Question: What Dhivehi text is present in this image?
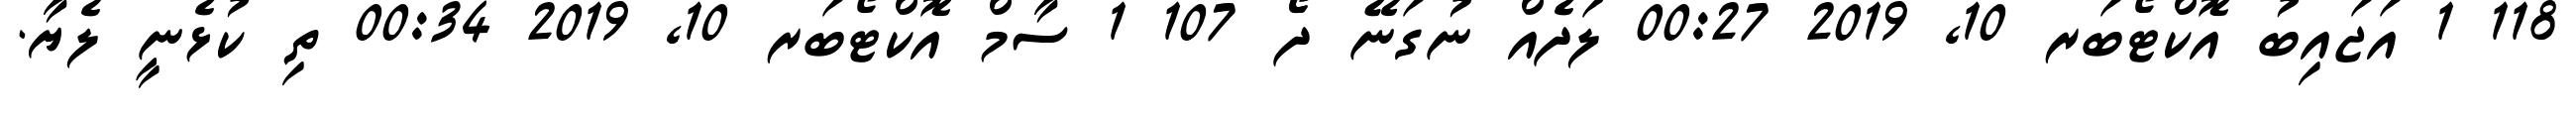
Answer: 118 1 އަޖައިބު އޮކްޓޯބަރ 10, 2019 00:27 ލަދެއް ނުގަނޭ ދޯޯ 107 1 ސާމް އޮކްޓޯބަރ 10, 2019 00:34 ތި ކުޅެނީ ލެޔާ.